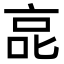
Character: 㖜